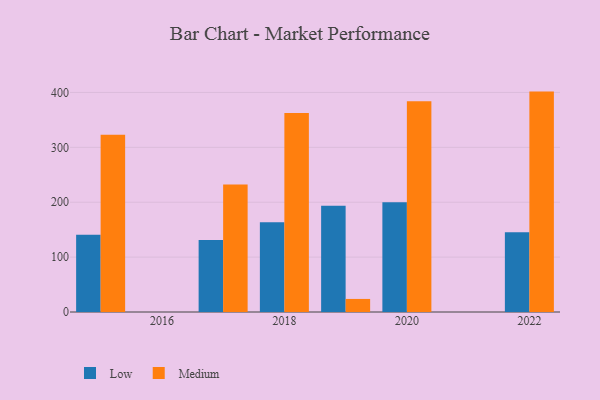
{"axis": {"x": "Year", "y": "Net Income (USD K)"}, "legend": ["Low", "Medium"], "data": [{"x": "2017", "y": 131.2, "type": "Low"}, {"x": "2017", "y": 232.1, "type": "Medium"}, {"x": "2022", "y": 145.1, "type": "Low"}, {"x": "2022", "y": 401.6, "type": "Medium"}, {"x": "2019", "y": 193.6, "type": "Low"}, {"x": "2019", "y": 23.8, "type": "Medium"}, {"x": "2015", "y": 140.6, "type": "Low"}, {"x": "2015", "y": 323.2, "type": "Medium"}, {"x": "2020", "y": 200.2, "type": "Low"}, {"x": "2020", "y": 383.8, "type": "Medium"}, {"x": "2018", "y": 163.7, "type": "Low"}, {"x": "2018", "y": 362.8, "type": "Medium"}]}